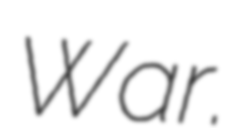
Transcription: War.